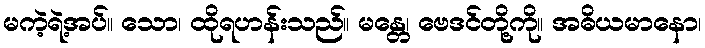
မကဲ့ရဲ့အပ်။ သော၊ ထိုရဟန်းသည်။ မန္တေ၊ ဗေဒင်တို့ကို။ အဓိယမာနော၊